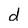
Character: d